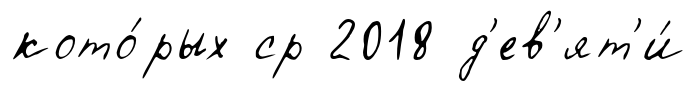
кото́рых ср 2018 д'ев'ят'и́